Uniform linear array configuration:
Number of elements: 32
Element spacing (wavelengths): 0.25
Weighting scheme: blackman
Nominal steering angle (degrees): -45
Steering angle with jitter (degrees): -44.564
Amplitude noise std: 0.05
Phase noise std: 0.05

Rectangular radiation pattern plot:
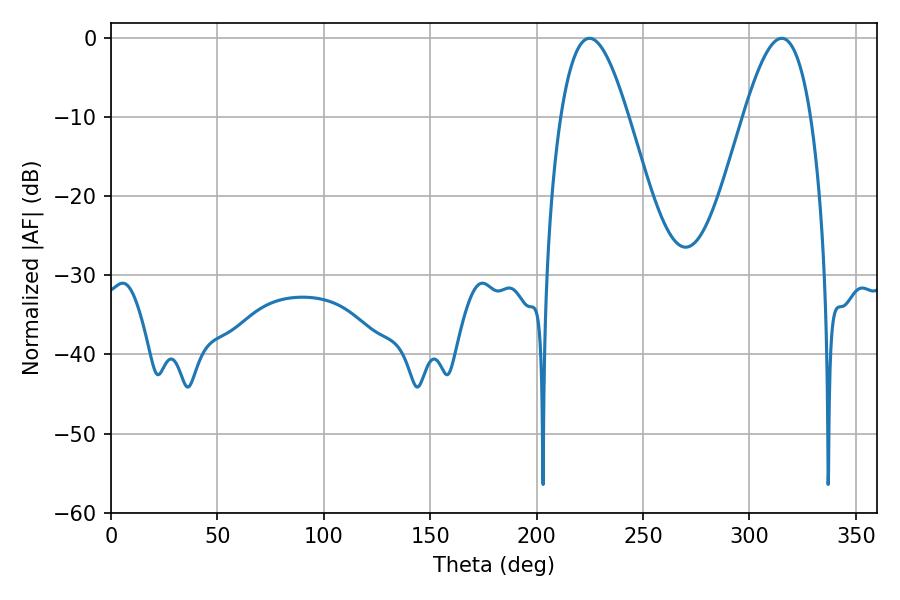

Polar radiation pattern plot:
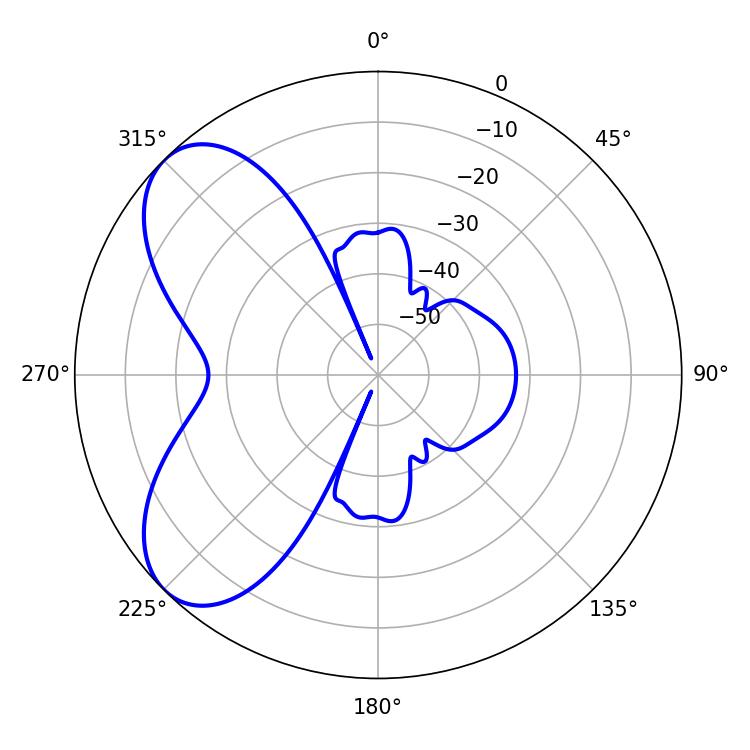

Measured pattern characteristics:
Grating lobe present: FALSE
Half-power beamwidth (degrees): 17.28
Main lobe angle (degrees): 224.82